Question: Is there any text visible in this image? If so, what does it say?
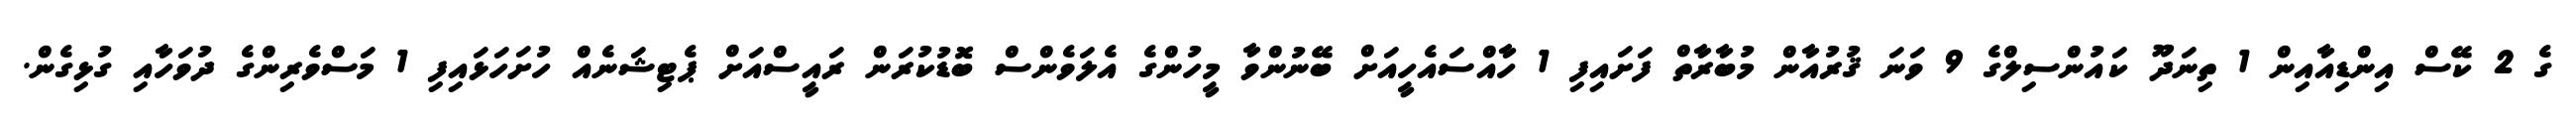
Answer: ގެ 2 ކޭސް އިންޑިއާއިން 1 ތިނަދޫ ކައުންސިލްގެ 9 ވަނަ ޤުރުއާން މުބާރާތް ފަށައިފި 1 ހާއްސައެހީއަށް ބޭނުންވާ މީހުންގެ އެލަވެންސް ބޮޑުކުރަން ރައީސްއަށް ޕެޓިޝަނެއް ހުށަހަޅައިފި 1 މަސްވެރިންގެ ދުވަހާއި ގުޅިގެން.